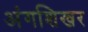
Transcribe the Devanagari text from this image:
अंगशिखर